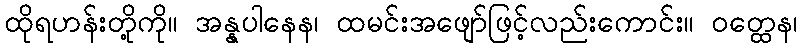
ထိုရဟန်းတို့ကို။ အန္နပါနေန၊ ထမင်းအဖျော်ဖြင့်လည်းကောင်း။ ဝတ္ထေန၊